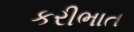
કરીભાત